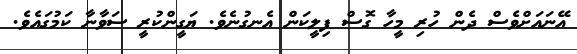
އޭނައަށްވެސް ދެން ހުރި މީހާ ގޮސް ފިލީކަން އެނގުނެވެ. ޔަގީންކުރީ ސަވާނާ ކަމުގައެވެ.